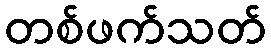
တစ်ဖက်သတ်